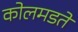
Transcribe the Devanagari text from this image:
कोलमडते